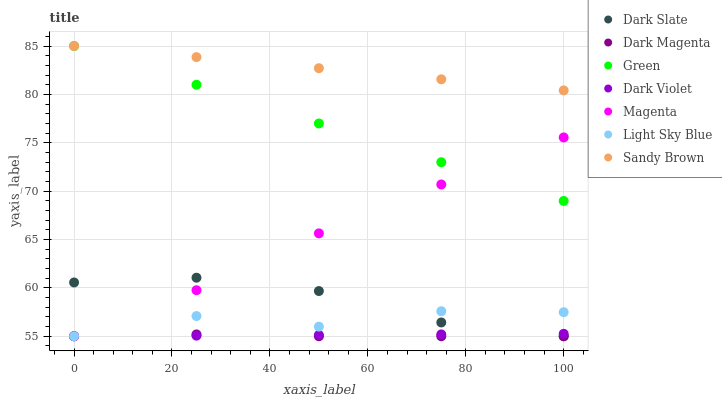
| xaxis_label | Dark Slate | Dark Magenta | Green | Dark Violet | Magenta | Light Sky Blue | Sandy Brown |
 | --- | --- | --- | --- | --- | --- | --- | --- |
 | 0 | 60.6 | 55 | 85 | 55 | 55 | 55 | 85 |
 | 25 | 61.1 | 55.2 | 81 | 55.1 | 59.8 | 57.1 | 83.9 |
 | 50 | 59.7 | 55 | 77 | 55.1 | 65.6 | 56 | 82.7 |
 | 75 | 56.4 | 55 | 73 | 55.2 | 70.7 | 57.6 | 81.6 |
 | 100 | 55 | 55 | 69 | 55.3 | 75.5 | 57.5 | 80.4 |